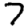
Digit: 7